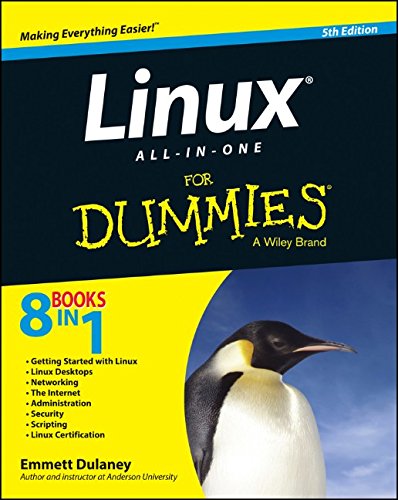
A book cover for Linux All-in-One For Dummies (For Dummies (Computer/Tech)); Emmett Dulaney; Computers & Technology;